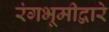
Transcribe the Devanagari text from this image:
रंगभूमीद्वारे